Plague in India, 1896, 1897 - Volume 3
Year: 1896
Disease focus: Plague
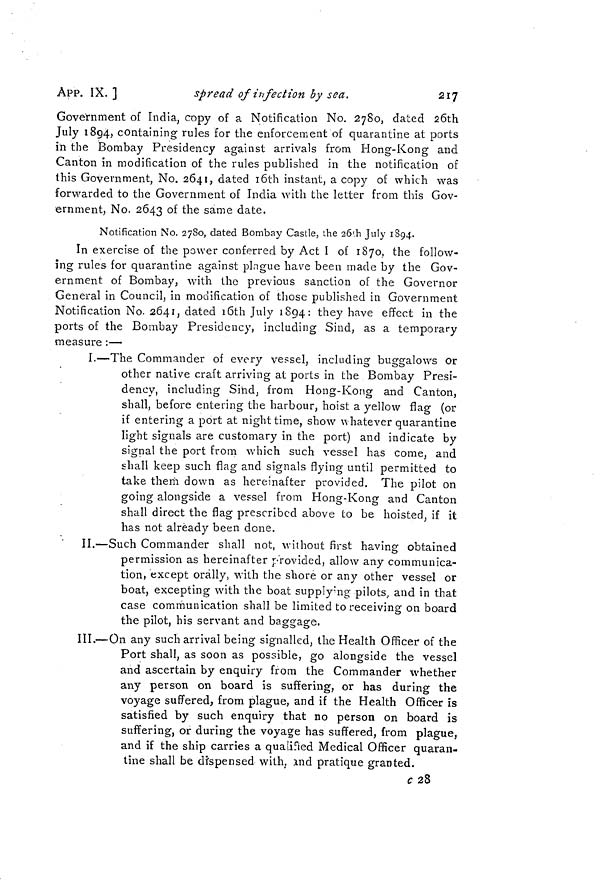
APP. IX. ]
spread of infection by sea.
217
Government of India, copy of a Notification No. 2780, dated 26th
July 1894, containing rules for the enforcement of quarantine at ports
in the Bombay Presidency against arrivals from Hong-Kong and
Canton in modification of the rules published in the notification of
this Government, No. 2641, dated l6th instant, a copy of which was
forwarded to the Government of India with the letter from this Gov-
ernment, No. 2643 of the same date.
Notification No. 2780, dated Bombay Castle, the 26th July 1894.
In exercise of the power conferred by Act I of 1870, the follow-
ing rules for quarantine against plague have been made by the Gov-
ernment of Bombay, with the previous sanction of the Governor
General in Council, in modification of those published in Government
Notification No. 2641, dated 16th July 1894: they have effect in the
ports of the Bombay Presidency, including Sind, as a temporary
measure :—
I.—The Commander of every vessel, including buggalows or
other native craft arriving at ports in the Bombay Presi-
dency, including Sind, from Hong-Kong and Canton,
shall, before entering the harbour, hoist a yellow flag (or
if entering a port at night time, show whatever quarantine
light signals are customary in the port) and indicate by
signal the port from which such vessel has come, and
shall keep such flag and signals flying until permitted to
take them down as hereinafter provided. The pilot on
going alongside a vessel from Hong-Kong and Canton
shall direct the flag prescribed above to be hoisted, if it
has not already been done.
II.—Such Commander shall not, without first having obtained
permission as hereinafter provided, allow any communica-
tion, except orally, with the shore or any other vessel or
boat, excepting with the boat supplying pilots, and in that
case communication shall be limited to receiving on board
the pilot, his servant and baggage.
III.—On any such arrival being signalled, the Health Officer of the
Port shall, as soon as possible, go alongside the vessel
and ascertain by enquiry from the Commander whether
any person on board is suffering, or has during the
voyage suffered, from plague, and if the Health Officer is
satisfied by such enquiry that no person on board is
suffering, or during the voyage has suffered, from plague,
and if the ship carries a qualified Medical Officer quaran-
tine shall be dispensed with, and pratique granted.
c 28